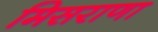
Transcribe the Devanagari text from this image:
मिसराणा